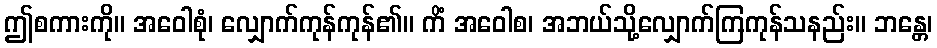
ဤစကားကို။ အဝေါစုံ၊ လျှောက်ကုန်ကုန်၏။ ကိံ အဝေါစ၊ အဘယ်သို့လျှောက်ကြကုန်သနည်း။ ဘန္တေ၊